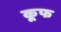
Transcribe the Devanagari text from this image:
कूफ